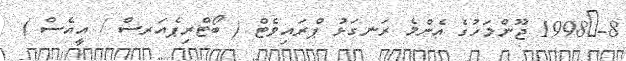
8-	1998 ޖޫންމަހުގެ އެންމެ ރަނގަޅު ޕްރައިވެޓް ( ބޯޓްރިޕެއަރސް / އީއެސް )